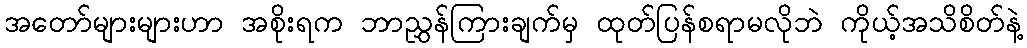
အတော်များများဟာ အစိုးရက ဘာညွှန်ကြားချက်မှ ထုတ်ပြန်စရာမလိုဘဲ ကိုယ့်အသိစိတ်နဲ့